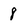
Character: 8